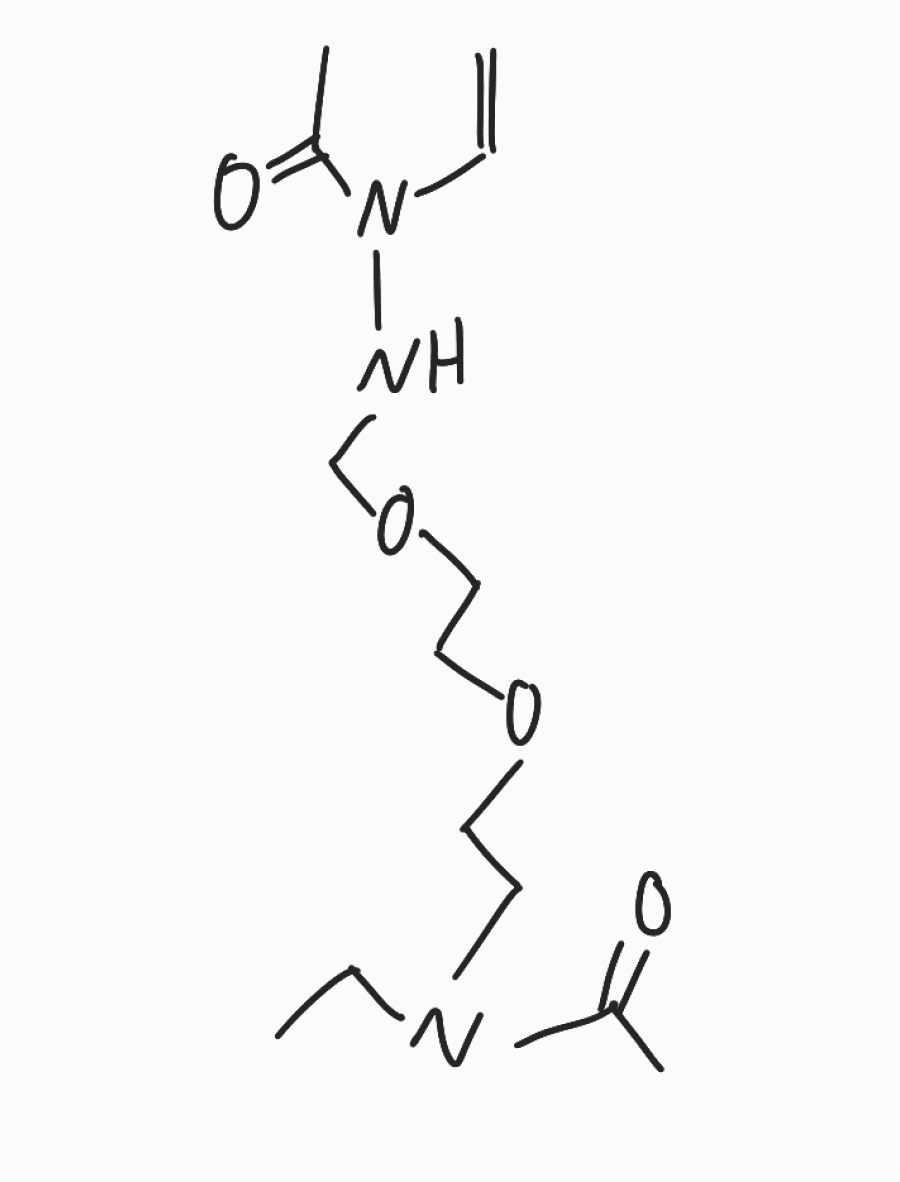
Simplified molecular-input line-entry system (SMILES) notation of the given molecule:
CCN(CCOCCOCNN(C=C)C(=O)C)C(=O)C